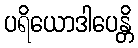
ပရိယောဒါပေန္တိ